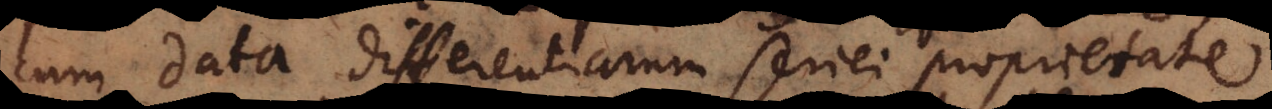
cum data differentiarum seriei proprietate